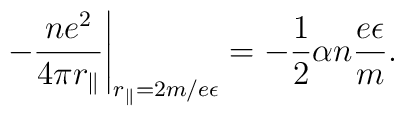
\left.-\frac{ne^2}{4\pi r_\Vert}\right\vert_{r_\Vert=2m/e\epsilon}=-\frac12\alpha n\frac{e\epsilon}{m}.